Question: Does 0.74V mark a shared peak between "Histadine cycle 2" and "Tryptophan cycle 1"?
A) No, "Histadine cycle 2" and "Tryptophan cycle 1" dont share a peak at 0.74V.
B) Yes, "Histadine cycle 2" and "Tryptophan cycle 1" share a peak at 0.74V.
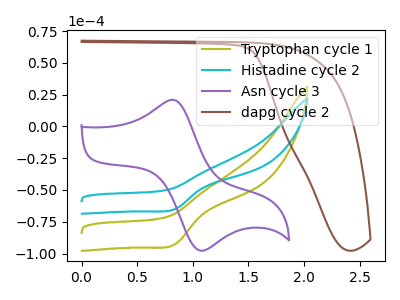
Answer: <think>The olive curve "Tryptophan cycle 1" has a cathodic peak at: (0.85V, -92.60uA). The cyan curve "Histadine cycle 2" has a cathodic peak at: (0.85V, -65.00uA). The purple curve "Asn cycle 3" has an anodic peak at (0.85V, 20.75uA) and a cathodic peak at (1.10V, -97.85uA). The brown curve "dapg cycle 2" has no peaks.</think>
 <answer>A) No, "Histadine cycle 2" and "Tryptophan cycle 1" dont share a peak at 0.74V.</answer>
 <eval>A</eval>